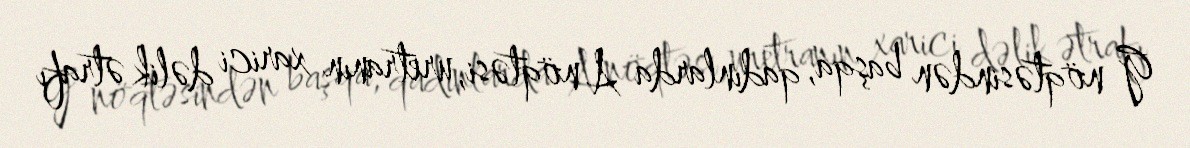
G nöqtəsindən başqa, qadınlarda A nöqtəsi, uretranın xarici dəlik ətrafı